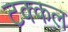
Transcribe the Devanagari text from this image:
टक्कल